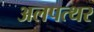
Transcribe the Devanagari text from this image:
अलपत्थर